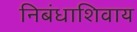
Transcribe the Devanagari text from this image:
निबंधाशिवाय